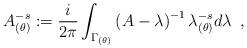
LaTeX: \begin{align*}A_{(\theta)}^{-s}:={i\over 2\pi}\int_{\Gamma_{(\theta)}}\left(A-\lambda\right)^{-1}\lambda_{(\theta)}^{-s}d\lambda\,\,\,,\end{align*}